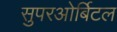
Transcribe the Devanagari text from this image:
सुपरओर्बिटल